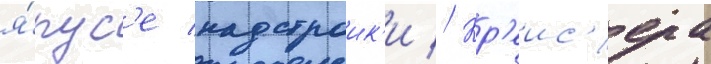
я́рус'е надстроик'и // Кр'еис'ера